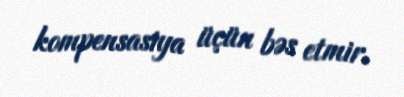
kompensasiya üçün bəs etmir.